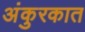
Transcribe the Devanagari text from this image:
अंकुरकात